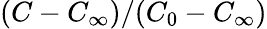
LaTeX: (C-C_{\infty})/(C_{0}-C_{\infty})